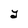
Character: Y